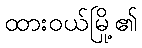
ထားဝယ်မြို့၏